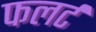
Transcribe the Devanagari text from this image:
फलर्ट